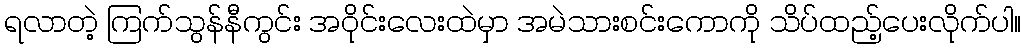
ရလာတဲ့ ကြက်သွန်နီကွင်း အဝိုင်းလေးထဲမှာ အမဲသားစင်းကောကို သိပ်ထည့်ပေးလိုက်ပါ။